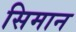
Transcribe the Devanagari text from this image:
सिमान